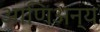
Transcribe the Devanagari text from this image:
आणिअन्य